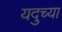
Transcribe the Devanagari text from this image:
यदुच्या